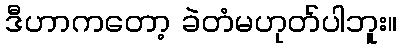
ဒီဟာကတော့ ခဲတံမဟုတ်ပါဘူး။